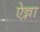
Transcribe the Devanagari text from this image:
ऐन्ना